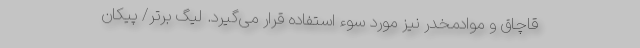
قاچاق و موادمخدر نیز مورد سوء استفاده قرار می‌گیرد. لیگ برتر/ پیکان